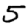
Digit: 5